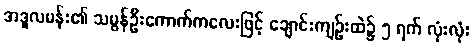
အဒူလမန်း၏ သမွန်ဦးကောက်ကလေးဖြင့် ချောင်းကျဉ်းထဲ၌ ၅ ရက် လုံးလုံး